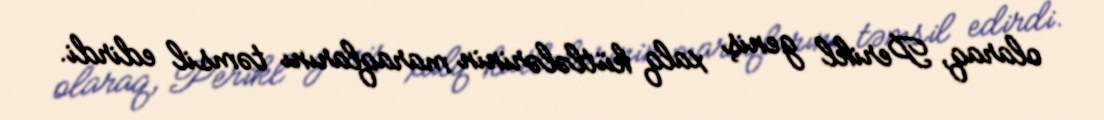
olaraq, Perikl geniş xalq kütlələrinin maraqlarını təmsil edirdi.